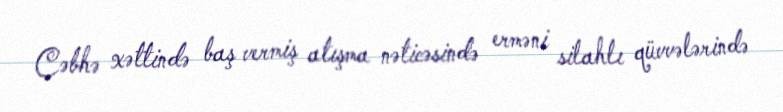
Cəbhə xəttində baş vermiş atışma nəticəsində erməni silahlı qüvvələrində